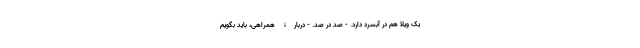
یک ویلا هم در آبسرد دارد. - صد در صد. - دربارۀ همراهی، باید بگویم